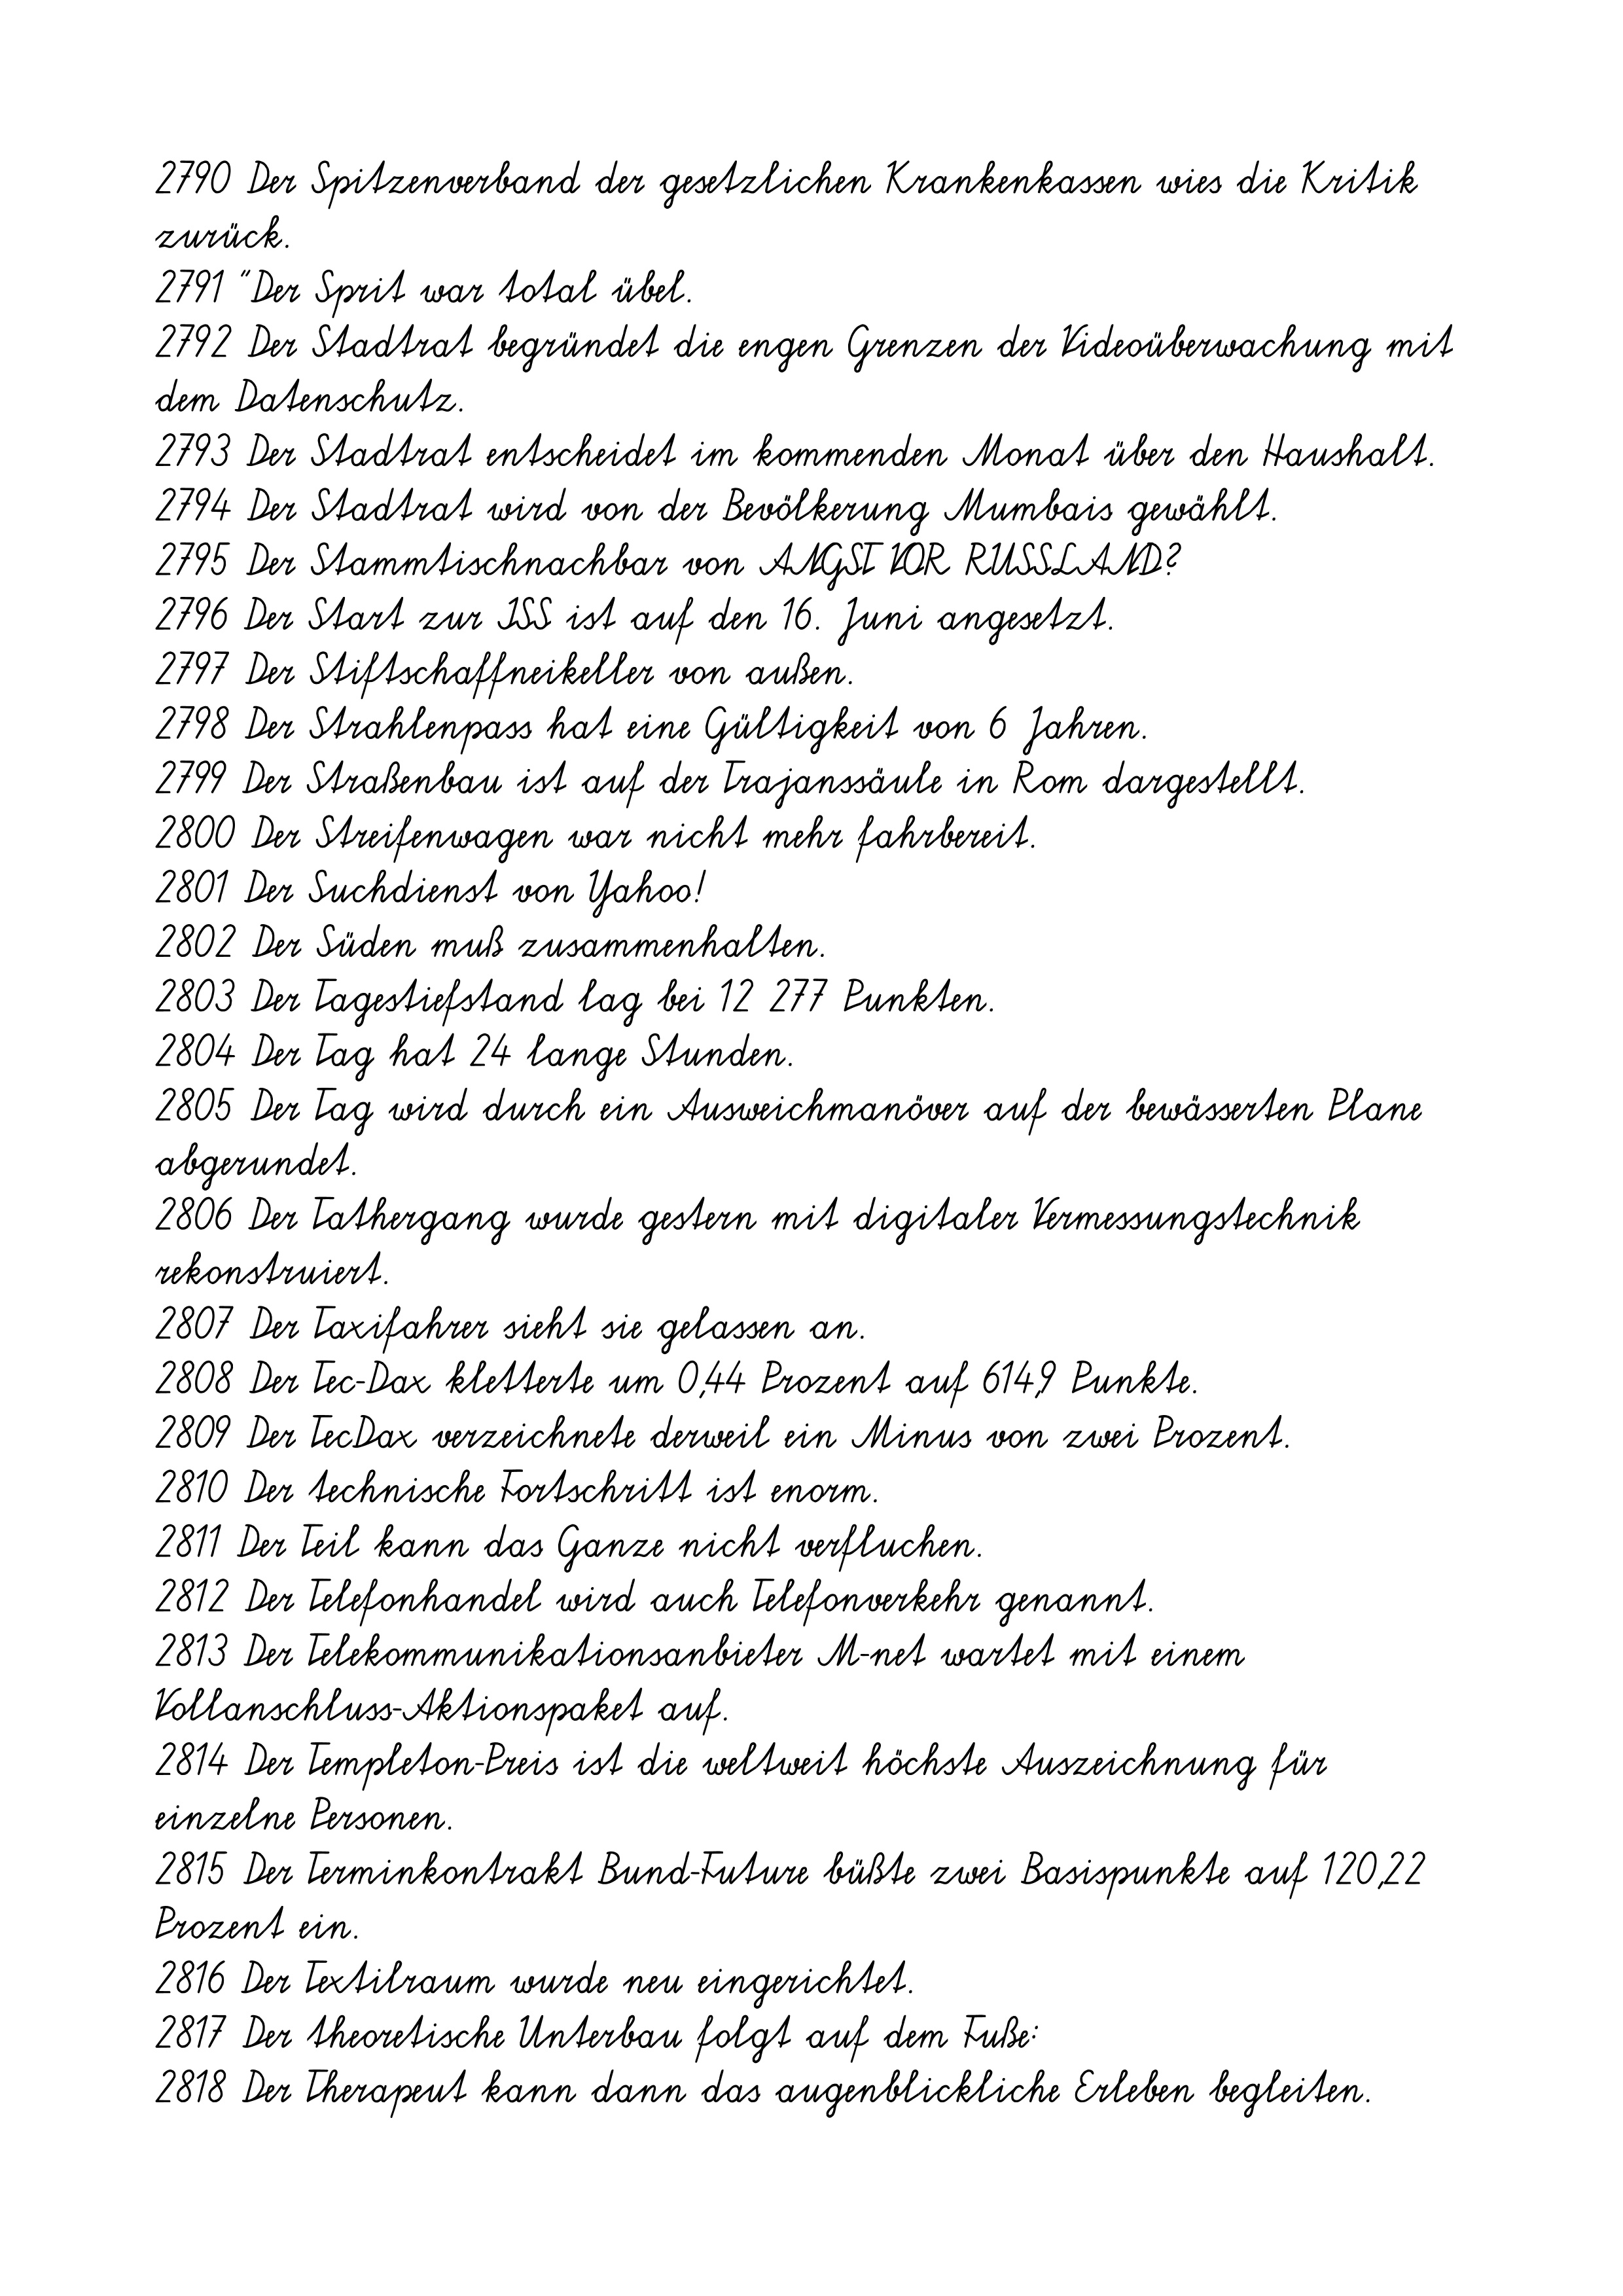
2790 Der Spitzenverband der gesetzlichen Krankenkassen wies die Kritik
zurück.
2791 "Der Sprit war total übel.
2792 Der Stadtrat begründet die engen Grenzen der Videoüberwachung mit
dem Datenschutz.
2793 Der Stadtrat entscheidet im kommenden Monat über den Haushalt.
2794 Der Stadtrat wird von der Bevölkerung Mumbais gewählt.
2795 Der Stammtischnachbar von ANGST VOR RUSSLAND?
2796 Der Start zur ISS ist auf den 16. Juni angesetzt.
2797 Der Stiftschaffneikeller von außen.
2798 Der Strahlenpass hat eine Gültigkeit von 6 Jahren.
2799 Der Straßenbau ist auf der Trajanssäule in Rom dargestellt.
2800 Der Streifenwagen war nicht mehr fahrbereit.
2801 Der Suchdienst von Yahoo!
2802 Der Süden muß zusammenhalten.
2803 Der Tagestiefstand lag bei 12 277 Punkten.
2804 Der Tag hat 24 lange Stunden.
2805 Der Tag wird durch ein Ausweichmanöver auf der bewässerten Plane
abgerundet.
2806 Der Tathergang wurde gestern mit digitaler Vermessungstechnik
rekonstruiert.
2807 Der Taxifahrer sieht sie gelassen an.
2808 Der Tec-Dax kletterte um 0,44 Prozent auf 614,9 Punkte.
2809 Der TecDax verzeichnete derweil ein Minus von zwei Prozent.
2810 Der technische Fortschritt ist enorm.
2811 Der Teil kann das Ganze nicht verfluchen.
2812 Der Telefonhandel wird auch Telefonverkehr genannt.
2813 Der Telekommunikationsanbieter M-net wartet mit einem
Vollanschluss-Aktionspaket auf.
2814 Der Templeton-Preis ist die weltweit höchste Auszeichnung für
einzelne Personen.
2815 Der Terminkontrakt Bund-Future büßte zwei Basispunkte auf 120,22
Prozent ein.
2816 Der Textilraum wurde neu eingerichtet.
2817 Der theoretische Unterbau folgt auf dem Fuße:
2818 Der Therapeut kann dann das augenblickliche Erleben begleiten.